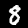
Digit: 8